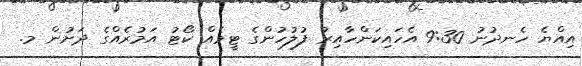
އިއްޔެ ހެނދުނު 9:30 އެހައިކަންހާއިރު ފުލުހުންގެ ޓީމެއް ކޯޓު އަމުރެއްގެ ދަށުން މ.